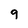
Character: 9